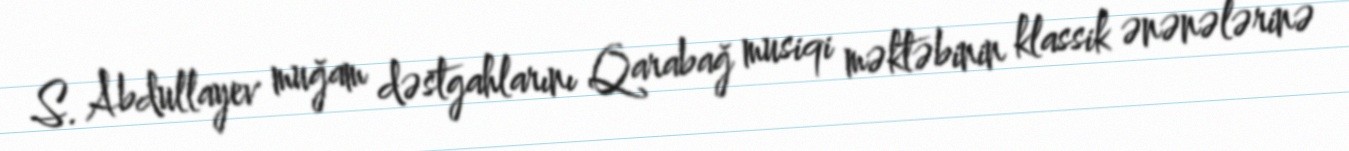
S. Abdullayev muğam dəstgahlarını Qarabağ musiqi məktəbinin klassik ənənələrinə